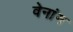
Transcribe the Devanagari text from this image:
वेनांग